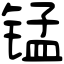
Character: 锰